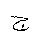
Letter: _gim